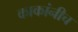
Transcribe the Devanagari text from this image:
काकांनीच